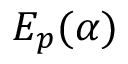
E _ { p } ( \alpha )